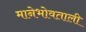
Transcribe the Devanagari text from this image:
मानेभोवताली